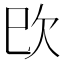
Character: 㰝